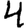
Digit: 4